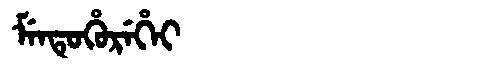
Manchu: ᠮᡝᠨᡨᡠᡥᡠᡵᡝᡥᡝᡳ
Romanization: MENTUHUREHEI